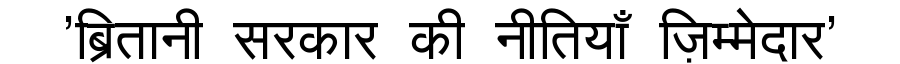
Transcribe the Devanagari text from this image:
'ब्रितानी सरकार की नीतियाँ ज़िम्मेदार'